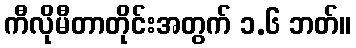
ကီလိုမီတာတိုင်းအတွက် ၁.၆ ဘတ်။